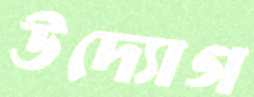
উদ্যোগ